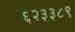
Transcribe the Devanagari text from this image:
६२३३८९